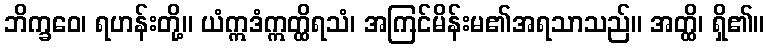
ဘိက္ခဝေ၊ ရဟန်းတို့။ ယံဣဒံဣတ္ထိရသံ၊ အကြင်မိန်းမ၏အရသာသည်။ အတ္ထိ၊ ရှိ၏။